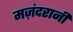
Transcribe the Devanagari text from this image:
मज़ंदरानी